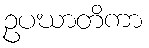
ဥပဃာတိကာ